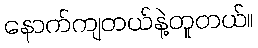
နောက်ကျတယ်နဲ့တူတယ်။